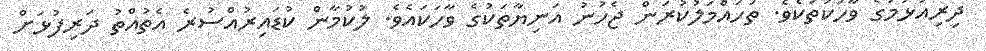
ދިރިއުޅުމުގެ ވާހަކަތަކެވެ. ތަހައްމަލުކުރަން ޖެހުނު އަނިޔާތަކުގެ ވާހަކައެވެ. ލުކުމާން ކުޑައިރުއްސުރެ އެތުއްތު ދަރިފުޅަށް